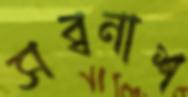
সব্বনাশ